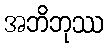
အဘိဘုဿ